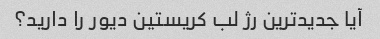
آیا جدیدترین رژ لب کریستین دیور را دارید؟